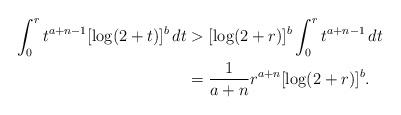
LaTeX: \begin{align*}\int_0^rt^{a+n-1}[\log(2+t)]^b\,dt&>[\log(2+r)]^b\int_0^rt^{a+n-1}\,dt\\&=\frac{1}{a+n}r^{a+n}[\log(2+r)]^b.\end{align*}